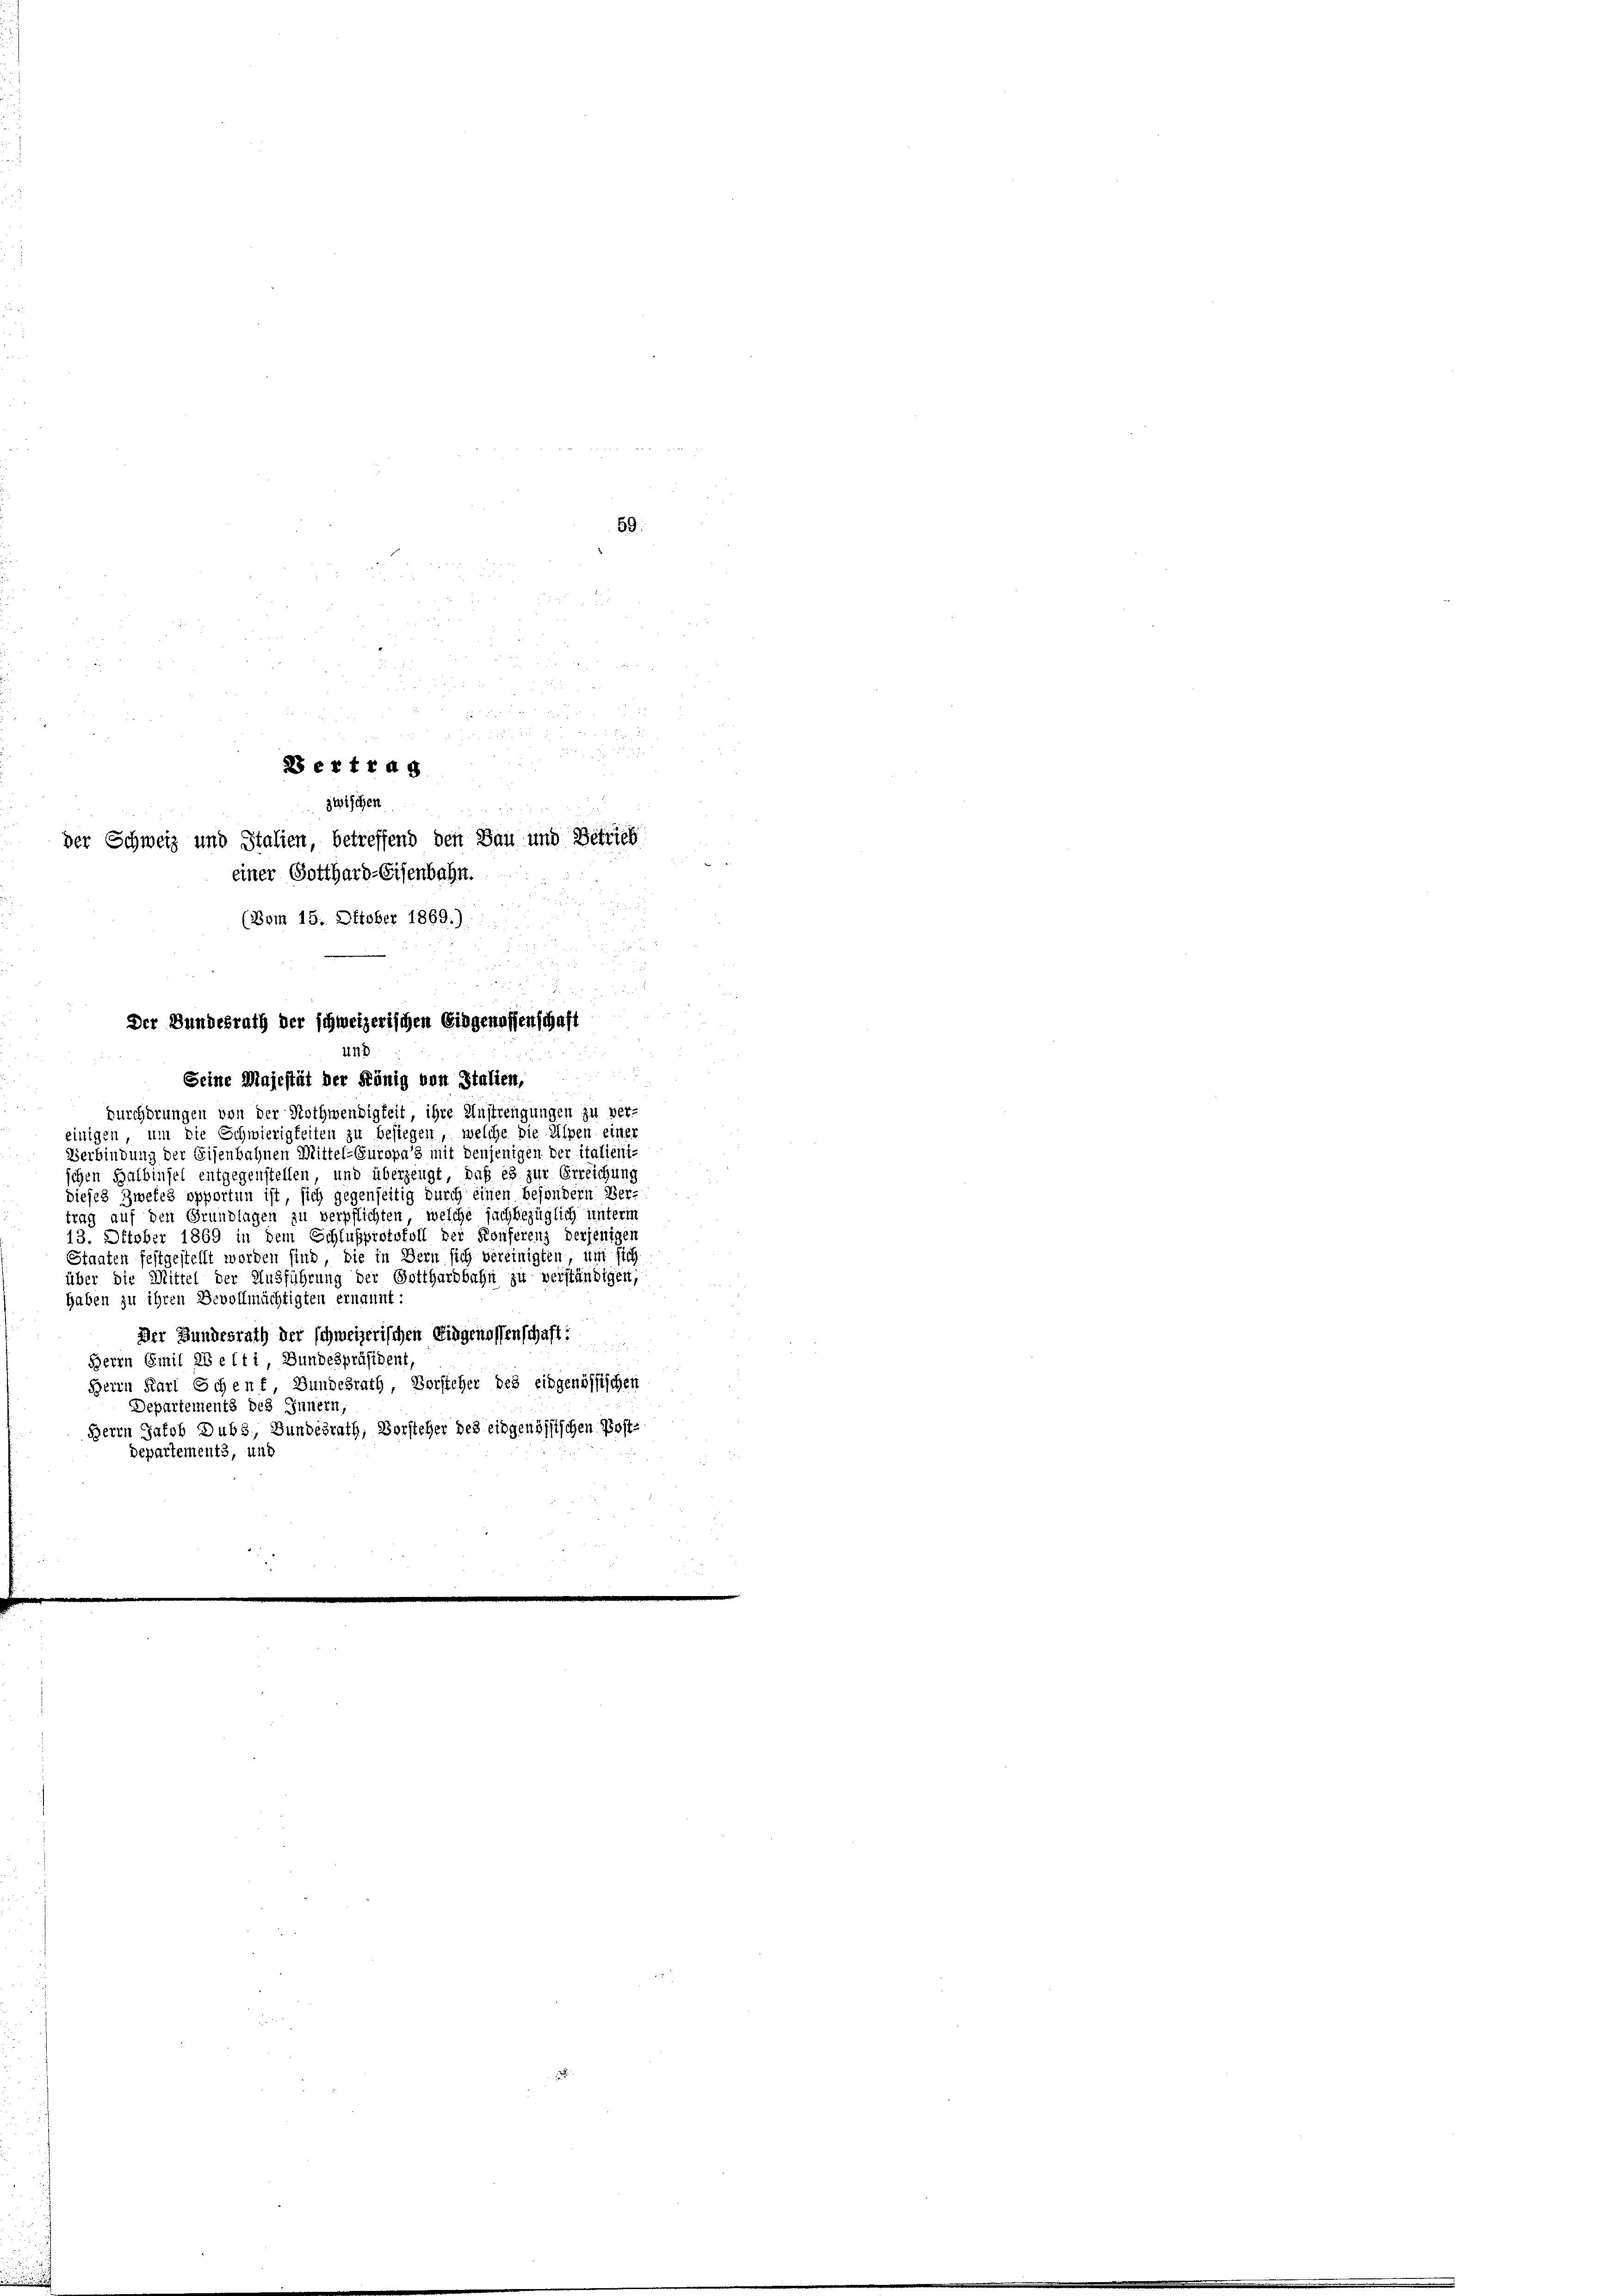
59.

u
 . . . 25. 2
2 ertrag
zwischen
der Schweiz und Stalien, betreffend den Bau und Betrieb
einer Gotthard-Eisenbahn.
(Bom 15. Oktober 1869.)

Der Bundesrath der schweizerischen Eingenossenschaft
und
Seine Majestät der König von Italien,

durchdrungen von der Nothwendigkeit, ihre Anstrengungen zu ver-
einigen, um die Schwierigkeiten zu besiegen, welche die Alpen einer
Verbindung der Eisenbahnen Mittel-Fürspa’s mit denjenigen der italient-
ichen Halbinsel entgegenstellen und überzeugt, daß es zur Erreichung
dieses Zwekes opporten ist, sich gegenseitig durch einen besondern Ver-
trag auf den Grundlagen zu verpflichten, welche sachbezüglich unterm
13. Oktober 1869 in dem Schlußprotokoll der Konferenz derjenigen
Staaten festgestellt worden sind, die in Bern sich vereinigten, um sich
über die Mittel der Ausführung der Gotthardbahn zu verständigen;
haben zu ihren Bevollmächtigten ernannt:
Der Bundesrath der schweizerischen Eidgenossenschaft:
8
Herrn Emil ab e (ti, Bundespräsident,
Herrn Karl Schenf, Bundesrath, Vorsteher des eidgenössischen
Departements des Innern,
Herrn Jakob Dubs, Bundesrath, Vorsteher des eidgenössischen Post-
Departements, und